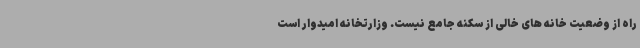
راه از وضعیت خانه های خالی از سکنه جامع نیست. وزارتخانه امیدوار است